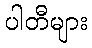
ပါတီများ